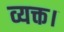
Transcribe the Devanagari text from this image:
व्यक्त।